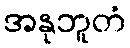
အနုဘူတံ